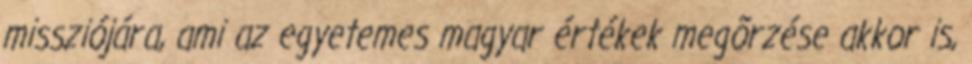
missziójára, ami az egyetemes magyar értékek megõrzése akkor is,